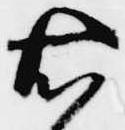
右